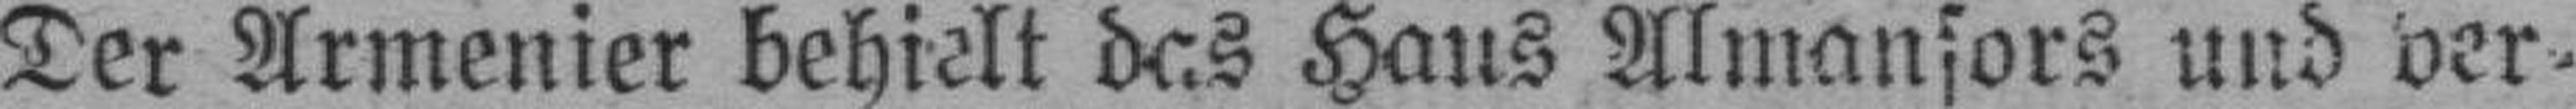
Der Armenier behielt das Haus Almansors und ver¬